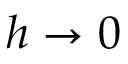
h \to 0